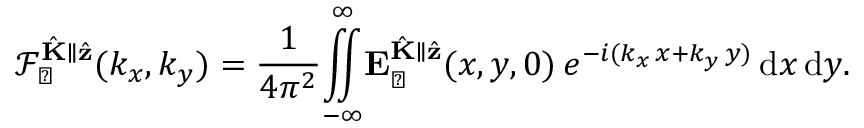
\mathcal { F } _ { \perp } ^ { \hat { \mathbf { K } } \parallel \hat { \mathbf { z } } } ( k _ { x } , k _ { y } ) = \frac { 1 } { 4 \pi ^ { 2 } } \overset { \infty } { \underset { - \infty } { \iint } } \mathbf { E } _ { \perp } ^ { \hat { \mathbf { K } } \parallel \hat { \mathbf { z } } } ( x , y , 0 ) \, e ^ { - i ( k _ { x } \, x + k _ { y } \, y ) } \, \mathrm { d } x \, \mathrm { d } y .